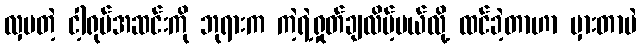
လှပတဲ့ ငါ့ရုပ်အဆင်းကို ဘုရားက ကဲ့ရဲ့ရှုတ်ချလိမ့်မယ်လို့ ထင်ခဲ့တာဟာ မှားတာပဲ